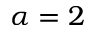
\alpha = 2